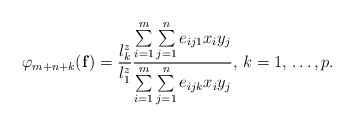
\begin{align*}\varphi_{m+n+k}(\mathbf{f})=\frac{l_{k}^{z}}{l_{1}^{z}}\frac{\sum\limits_{i=1}^m \sum\limits_{j=1}^n {e_{ij1}x_{i}y_{j}} }{\sum\limits_{i=1}^m \sum\limits_{j=1}^n {e_{ijk}x_{i}y_{j}} },\thinspace k=1,\thinspace \mathellipsis ,p.\end{align*}